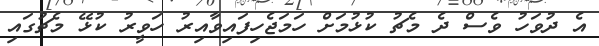
އެ ދުވަހު ވެސް ދެ މެޗު ކުޅުމަށް ހަމަޖެހިފައިވާއިރު ހަވީރު ކުޅޭ މެޗުގައި